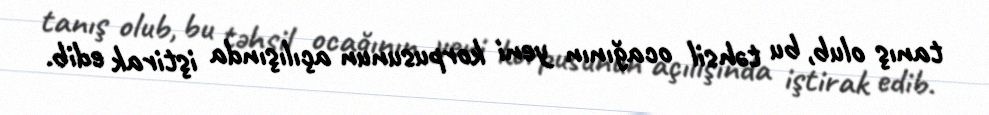
tanış olub, bu təhsil ocağının yeni korpusunun açılışında iştirak edib.